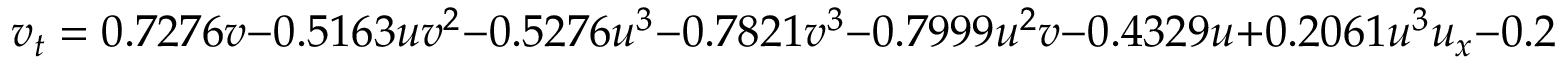
v _ { t } = 0 . 7 2 7 6 v - 0 . 5 1 6 3 u v ^ { 2 } - 0 . 5 2 7 6 u ^ { 3 } - 0 . 7 8 2 1 v ^ { 3 } - 0 . 7 9 9 9 u ^ { 2 } v - 0 . 4 3 2 9 u + 0 . 2 0 6 1 u ^ { 3 } u _ { x } - 0 . 2 0 1 1 u ^ { 2 } v u _ { y } + 0 . 2 0 6 1 u ^ { 2 } v v _ { x } - 0 . 2 2 6 1 u v ^ { 2 } v _ { y }